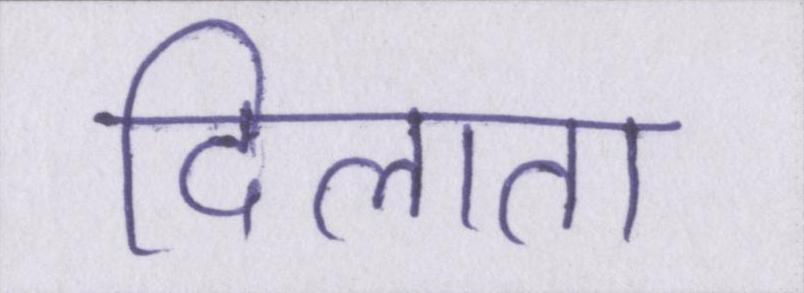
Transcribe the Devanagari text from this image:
दिलाता